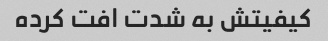
کیفیتش به شدت افت کرده